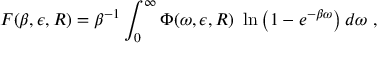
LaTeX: F ( \beta , \epsilon , R ) = \beta ^ { - 1 } \int _ { 0 } ^ { \infty } \Phi ( \omega , \epsilon , R ) ~ \ln \left( 1 - e ^ { - \beta \omega } \right) d \omega ~ ,